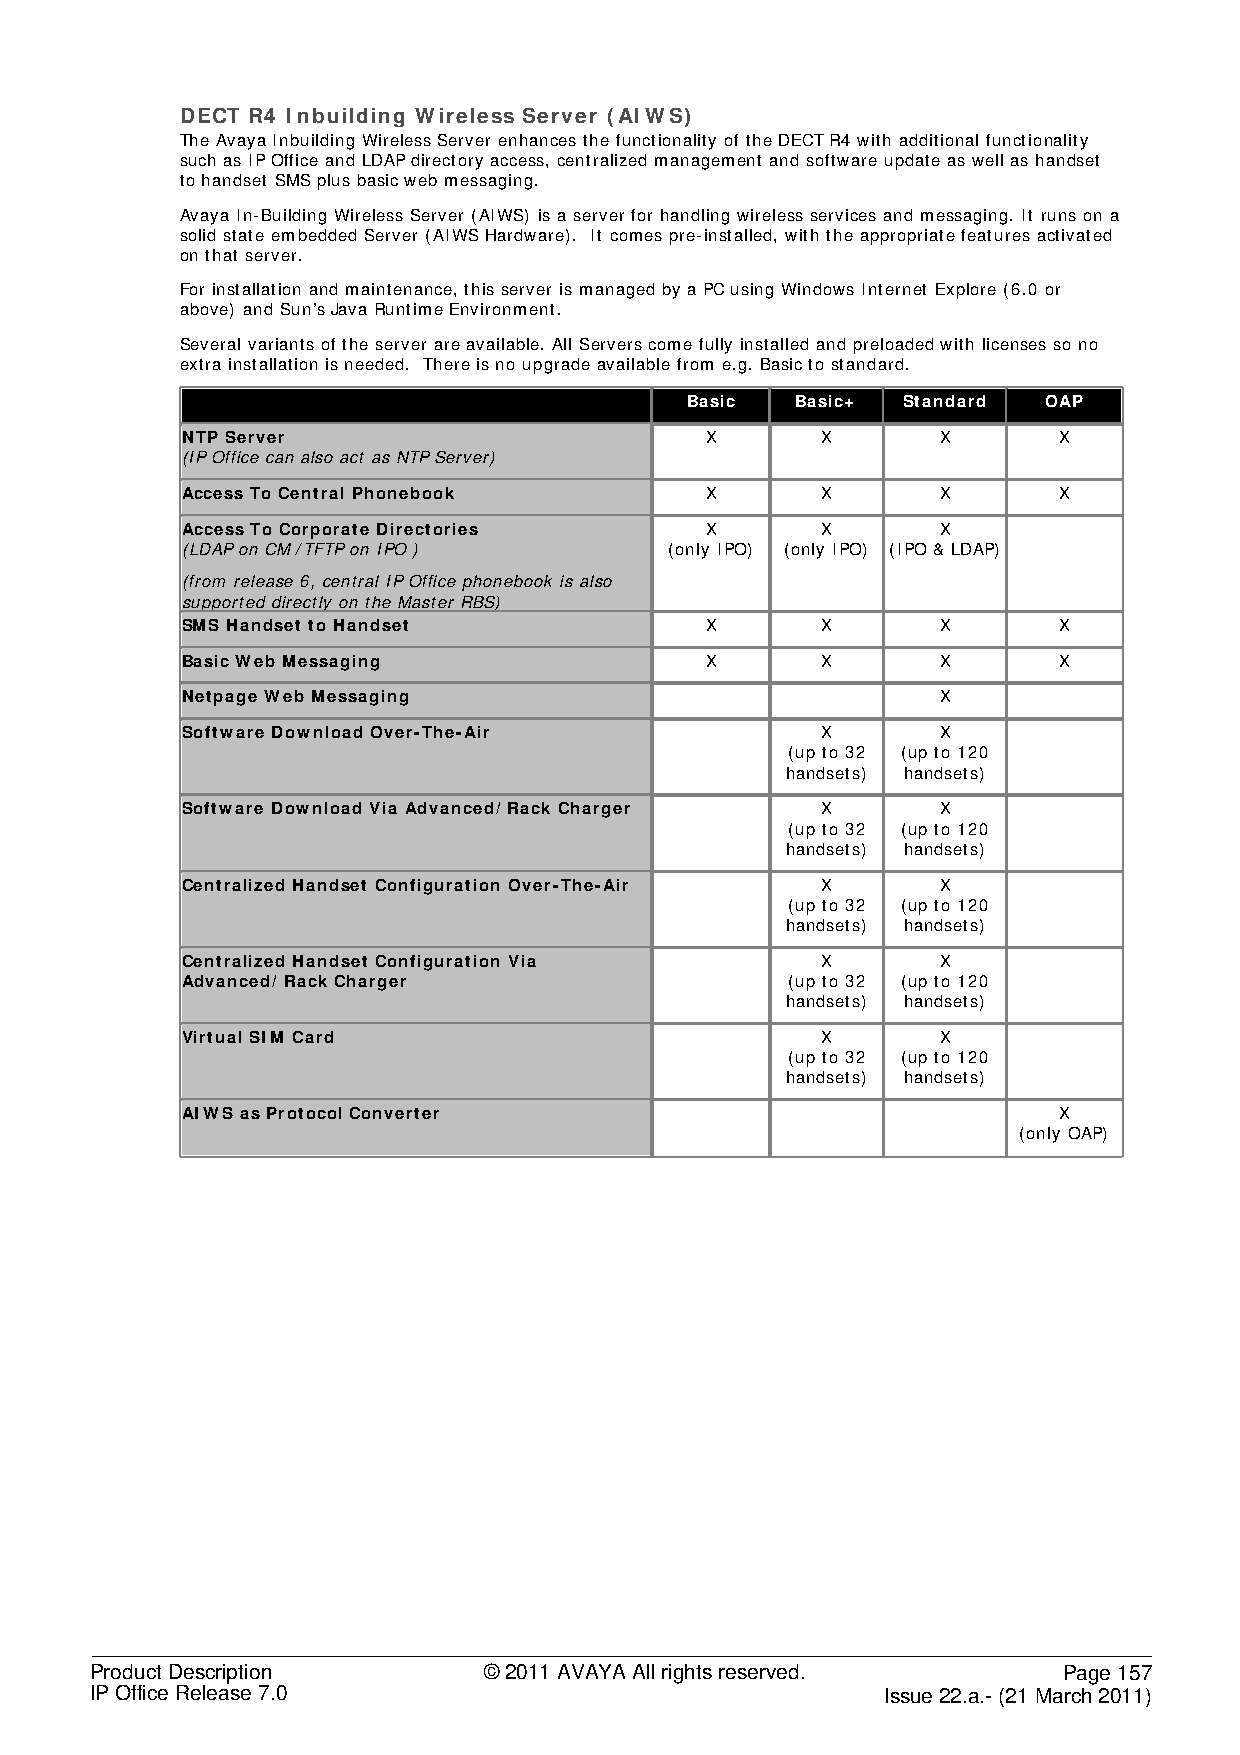
DECT R4 Inbuilding Wireless Server (AIWS)
 The Avaya Inbuilding Wireless Server enhances the functionality of the DECT R4 with additional functionality
 such as IP Office and LDAP directory access, centralized management and software update as well as handset
 to handset SMS plus basic web messaging.
 Avaya In-Building Wireless Server (AIWS) is a server for handling wireless services and messaging. It runs on a
 solid state embedded Server (AIWS Hardware). It comes pre-installed, with the appropriate features activated
 on that server.
 For installation and maintenance, this server is managed by a PC using Windows Internet Explore (6.0 or
 above) and Sun’s Java Runtime Environment.
 Several variants of the server are available. All Servers come fully installed and preloaded with licenses so no
 extra installation is needed. There is no upgrade available from e.g. Basic to standard.
 Basic   Basic+ Standard OAP
 NTP Server                         X      X       X       X
 (IP Office can also act as NTP Server)
 Access To Central Phonebook        X      X       X       X
 Access To Corporate Directories    X      X       X
 (LDAP on CM /TFTP on IPO )      (only IPO) (only IPO) (IPO & LDAP)
 (from release 6, central IP Office phonebook is also
 supported directly on the Master RBS)
 SMS Handset to Handset             X      X       X       X
 Basic Web Messaging                X      X       X       X
 Netpage Web Messaging                             X
 Software Download Over-The-Air            X       X
 (up to 32 (up to 120
 handsets) handsets)
 Software Download Via Advanced/ Rack Charger X    X
 (up to 32 (up to 120
 handsets) handsets)
 Centralized Handset Configuration Over-The-Air X  X
 (up to 32 (up to 120
 handsets) handsets)
 Centralized Handset Configuration Via     X       X
 Advanced/ Rack Charger                  (up to 32 (up to 120
 handsets) handsets)
 Virtual SIM Card                          X       X
 (up to 32 (up to 120
 handsets) handsets)
 AIWS as Protocol Converter                                X
 (only OAP)
 Product Description       © 2011 AVAYA All rights reserved.     Page 157
 IP Office Release 7.0                                Issue 22.a.- (21 March 2011)